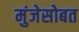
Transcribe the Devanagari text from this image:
मुंजेसोबत